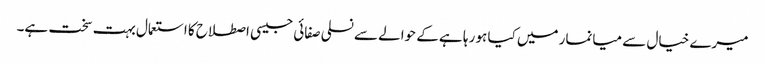
میرے خیال سے میانمار میں کیا ہو رہا ہے کے حوالے سے نسلی صفائی جیسی اصطلاح کا استعمال بہت سخت ہے۔